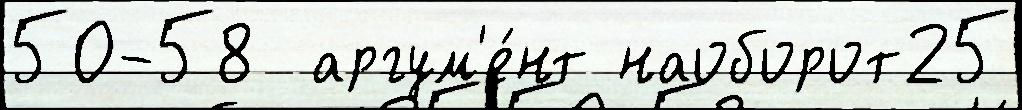
50-58  аргум'е́нт наоборот25